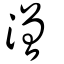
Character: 潧